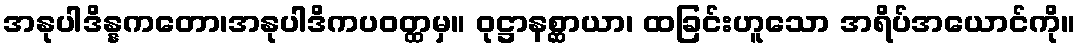
အနုပါဒိန္နကတော၊အနုပါဒိကပဝတ္ထမှ။ ဝုဋ္ဌာနစ္ဆာယာ၊ ထခြင်းဟူသော အရိပ်အယောင်ကို။